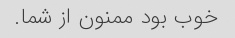
خوب بود ممنون از شما.